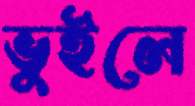
ভুইলে